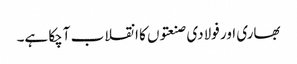
بھاری اور فولادی صنعتوں کا انقلاب آچکا ہے۔